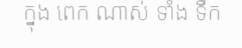
ក្នុង ពេក ណាស់ ទាំង ទឹក